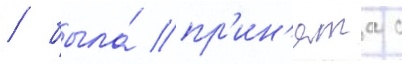
/ была́ пр'ин'ята с